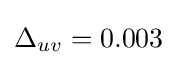
\Delta _{uv}=0.003